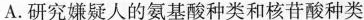
A.研究嫌疑人的氨基酸种类和核苷酸种类